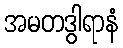
အမတဒွါရာနံ